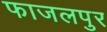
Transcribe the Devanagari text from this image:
फाजलपुर